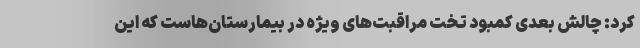
کرد: چالش بعدی کمبود تخت مراقبت‌های ویژه در بیمارستان‌هاست که این